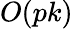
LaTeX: O(pk)